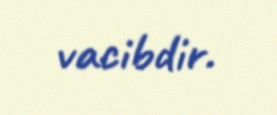
vacibdir.